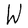
Character: W